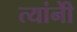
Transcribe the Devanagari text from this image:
त्यांनीेे